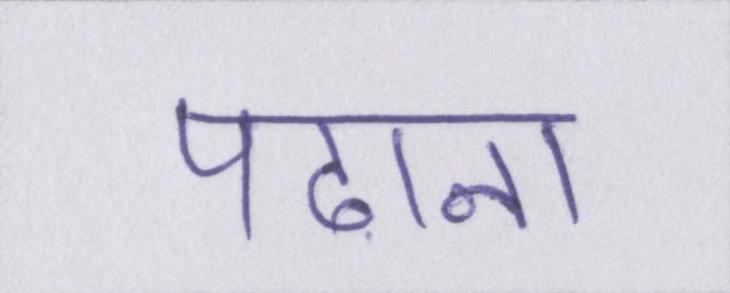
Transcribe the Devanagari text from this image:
पढाना